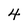
Character: 4